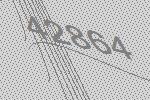
42864